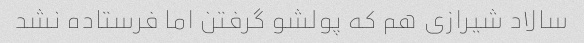
سالاد شیرازی هم که پولشو گرفتن اما فرستاده نشد